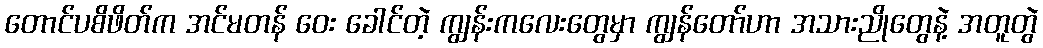
တောင်ပစိဖိတ်က အင်မတန် ဝေး ခေါင်တဲ့ ကျွန်းကလေးတွေမှာ ကျွန်တော်ဟာ အသားညိုတွေနဲ့ အတူတွဲ